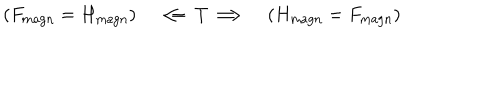
( F _ { \mathrm { m a g n } } = H _ { \mathrm { m a g n } } ) \quad \Longleftarrow T \Longrightarrow \quad ( H _ { \mathrm { m a g n } } = F _ { \mathrm { m a g n } } )